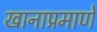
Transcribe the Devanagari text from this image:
खानाप्रमाणे